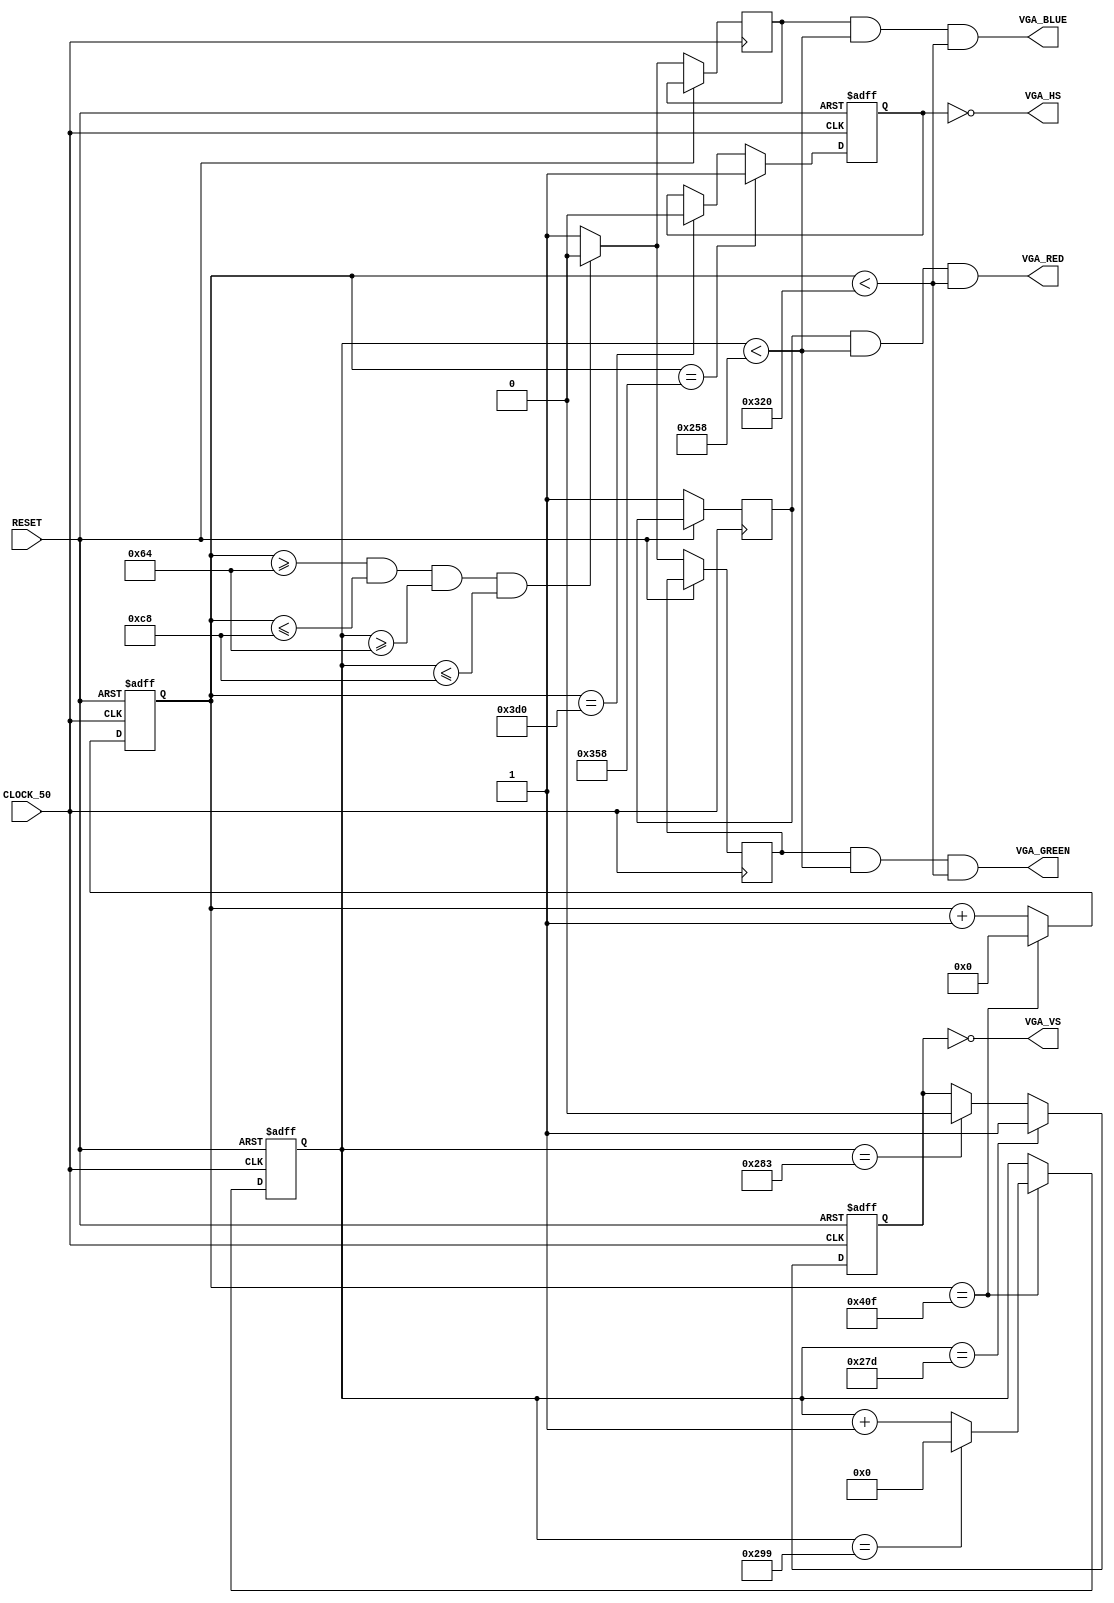
module vga_demo
    (
        CLOCK_50,
        RESET,
        VGA_RED,
        VGA_GREEN,
        VGA_BLUE,
        VGA_HS,
        VGA_VS
    );
    input CLOCK_50;
    input RESET;
    output VGA_RED;
    output VGA_GREEN;
    output VGA_BLUE;
    output VGA_HS;
    output VGA_VS;

    /* Internal registers for horizontal signal timing */
    reg [10:0] hor_reg; // to count 1040 different values up to 1039
    reg hor_sync;
    wire hor_max = (hor_reg == 1039); // to tell when a line is full

    /* Internal registers for vertical signal timing */
    reg [9:0] ver_reg; // to count 666 different values up to 665
    reg ver_sync;
    reg red, green, blue;
    wire ver_max = (ver_reg == 665); // to tell when a line is full

    // Code

    
    /* Running through line */
    always @ (posedge CLOCK_50 or posedge RESET) begin

        if (RESET) begin 
            hor_reg <= 0;
            ver_reg <= 0;
        end
        else if (hor_max) begin
            hor_reg <= 0;

            /* Running through frame */
            if (ver_max)
                ver_reg <= 0;
            else
            ver_reg <= ver_reg + 1;

        end else
            hor_reg <= hor_reg + 1;

    end
    
    always @ (posedge CLOCK_50 or posedge RESET) begin
    
        if (RESET) begin 
            hor_sync <= 0;
            ver_sync <= 0;
        end
        else begin

            /* Generating the horizontal sync signal */
            if (hor_reg == 856)      // video (800) + front porch (56)
                hor_sync <= 1;       // turn on horizontal sync pulse
            else if (hor_reg == 976) // video (800) + front porch (56) + Sync Pulse (120)
                hor_sync <= 0;       // turn off horizontal sync pulse

            /* Generating the vertical sync signal */
            if (ver_reg == 637)      // LINES: video (600) +  front porch (37)
                ver_sync <= 1;       // turn on vertical sync pulse
            else if (ver_reg == 643) // LINES: video (600) + front porch (37) + Sync Pulse (6)
                ver_sync <= 0;       // turn off vertical sync pulse

                
            // Draw a single square.
            if (hor_reg >= 100 && hor_reg <= 200 && ver_reg >= 100 && ver_reg <= 200) begin
                red <= 1;
                green <= 0;
                blue <= 0;
            end 
            else begin
                red <= 1;
                green <= 1;
                blue <= 1;
            end
                
        end
    end

    // Send the sync signals to the output, inverted as the sync pulse is low.
    // Maybe wrong as this doc says pulse id positive http://tinyvga.com/vga-timing/800x600@72Hz
    assign VGA_HS = ~hor_sync;
    assign VGA_VS = ~ver_sync;
    
    // Send a pattern of colours (based on the registry bits) but do not output anything during the synchronization periods
    //assign VGA_RED = (!hor_reg[0] && !ver_reg[0] && ver_reg < 600 && hor_reg < 800);
    //assign VGA_GREEN = (!hor_reg[1] && !ver_reg[1] && ver_reg < 600 && hor_reg < 800);
    //assign VGA_BLUE = (!hor_reg[2] && !ver_reg[2] && ver_reg < 600 && hor_reg < 800);
    
    assign VGA_RED =  red && ver_reg < 600 && hor_reg < 800;
    assign VGA_GREEN = green && ver_reg < 600 && hor_reg < 800;
    assign VGA_BLUE = blue && ver_reg < 600 && hor_reg < 800;    
    
    // http://gerfficient.com/2013/02/11/fpga-to-vga-using-de0-nano/
    
endmodule